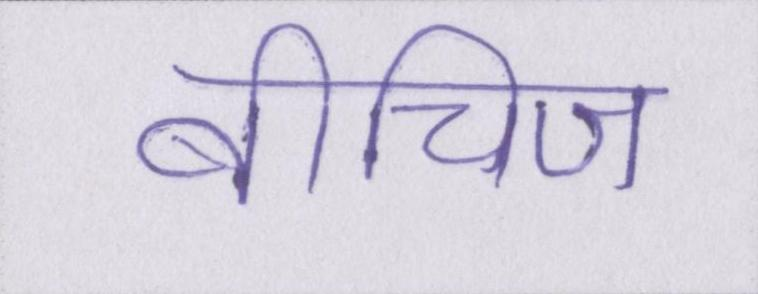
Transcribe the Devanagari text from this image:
बीचिज